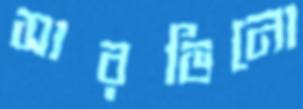
সারভিনো